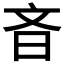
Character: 𪰎